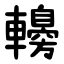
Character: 䡻